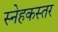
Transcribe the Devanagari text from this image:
स्नेहकस्तर